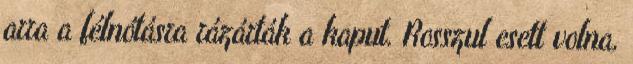
arra a félnótásra rázárták a kaput. Rosszul esett volna,